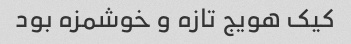
کیک هویج تازه و خوشمزه بود